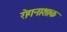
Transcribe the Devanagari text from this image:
रोगनाशाक